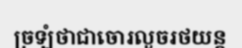
ច្រឡំថាជាចោរលួចរថយន្ត